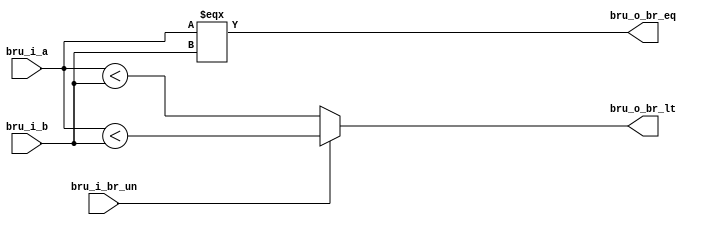

module bru (
  input  [31:0] bru_i_a, 
  input  [31:0] bru_i_b,
  input         bru_i_br_un,
  output        bru_o_br_eq, 
  output        bru_o_br_lt
);

  wire signed [31:0] a_signed, b_signed;
  
  assign a_signed = bru_i_a;
  assign b_signed = bru_i_b;
  
  assign bru_o_br_eq = (bru_i_a === bru_i_b);
  assign bru_o_br_lt = bru_i_br_un ? (bru_i_a < bru_i_b) : (a_signed < b_signed);
  
endmodule